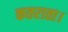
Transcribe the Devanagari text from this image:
कतराता।